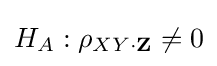
H_{A}:\rho _{XY\cdot \mathbf {Z} }\neq 0